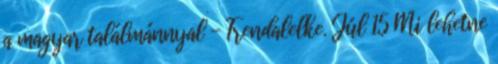
a magyar találmánnyal - Trendalelke. Júl 15 Mi lehetne